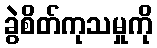
ခွဲစိတ်ကုသမှုကို